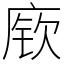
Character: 𫷷